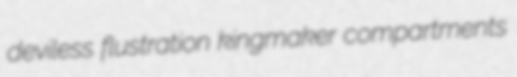
deviless flustration kingmaker compartments